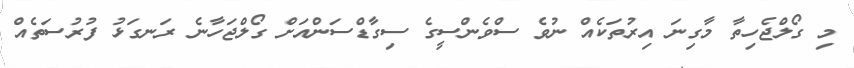
މި ގޯލްޖެހިތާ މާގިނަ އިރުތަކެއް ނުވެ ސްވެންސީގެ ސިގާޑްސަންއަށް ގޯލްޖަހާނެ ރަނގަޅު ފުރުސަތެއް